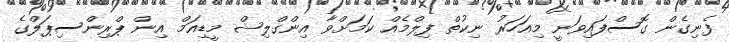
ފެނިގެން ގޮސްފައިވަނީ މިއަހަރު ނިކުތް ފިލްމެއް ކަމަށްވާ އިންގްލިޝް މީޑިއަމް އިން ޕްރިންސިޕަލްގެ